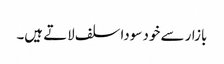
بازار سے خود سودا سلف لاتے ہیں۔